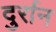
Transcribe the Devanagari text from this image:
दुर्रान